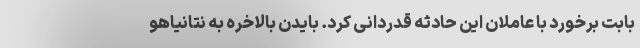
بابت برخورد با عاملان این حادثه قدردانی کرد. بایدن بالاخره به نتانیاهو